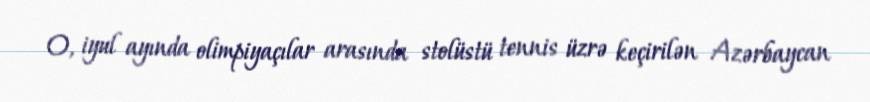
O, iyul ayında olimpiyaçılar arasında stolüstü tennis üzrə keçirilən Azərbaycan